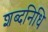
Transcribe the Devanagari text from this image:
शब्दनिधि